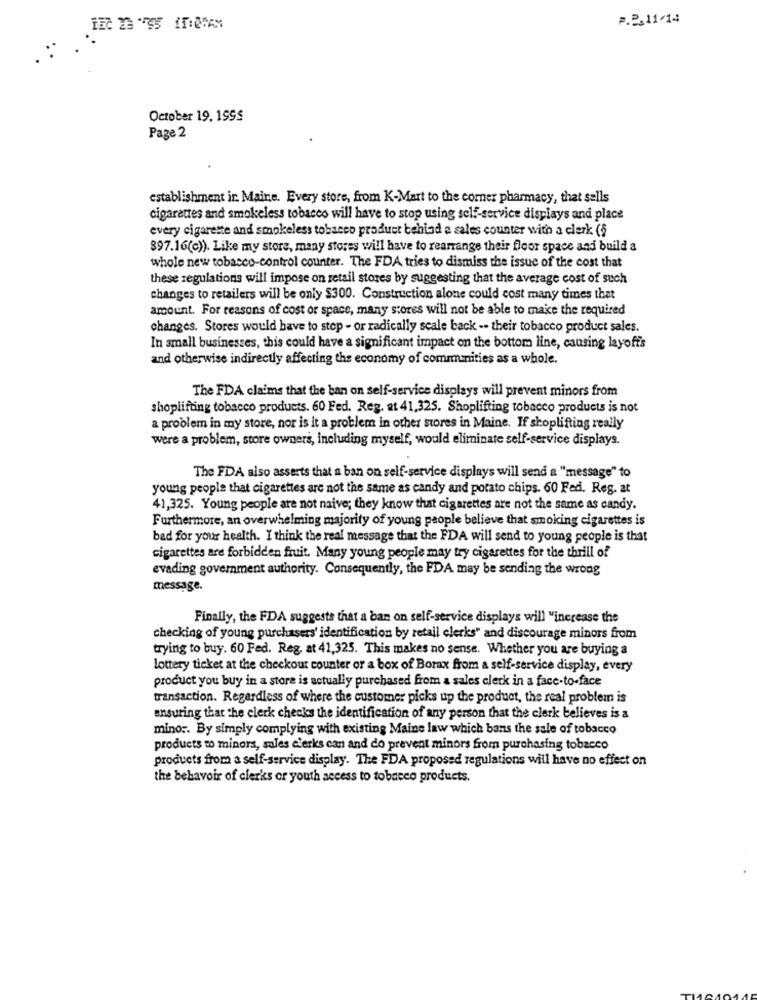
P.2.11/14
October 19, 1995
Page 2
establishment ir. Maine. Every store, from K-Mart to the corner pharmacy, that sells
cigarettes and smokeless tobacco will have to stop using self-service displays and place
every cigarette and smokeless tobacco product behind a sales counter with a clerk (5
897.16(c)). Like my store, many stores will have to rearrange their floor space and build a
whole new tobacco-control counter. The FDA tries to dismiss the issue of the cost that
these regulations will impose on retail stores by suggesting that the average cost of such
changes to retailers will be only $300. Construction alone could cost many times that
amount. For reasons of cost or space, many stores will not be able to make the required
changes. Stores would have to stop - or radically seale back -- their tobacco product sales.
In small businesses, this could have a significant impact on the bottom line, causing layoffs
and otherwise indirectly affecting the economy of communities as a whole.
The FDA claims that the ban on self-service displays will prevent minors from
shoplifting tobacco products. 60 Fed. Reg. at 41,325. Shoplifting tobacco products is not
a problem in my store, nor is it a problem in other stores in Maine. If shoplifting really
were a problem, store owners, including myself, would eliminate self-service displays.
The FDA also asserts that a ban on self-service displays will send a "message" to
young people that cigarettes are not the same as candy and potato chips. 60 Fed. Reg. at
41,325. Young people are not naive; they know that cigarettes are not the same as candy.
Furthermore, an overwhelming majority of young people believe that smoking cigarettes is
bad for your health. I think the real message that the FDA will send to young people is that
cigarettes are forbidden fruit. Many young people may try cigarettes for the thrill of
evading government authority. Consequently, the FDA may be sending the wrong
message.
Finally, the FDA suggests that a ban on self-service displays will "increase the
checking of young purchasers' identification by retail clerks" and discourage minors from
trying to buy. 60 Fed. Reg, at 41,325. This makes no sense. Whether you are buying a
lottery ticket at the checkout counter or a box of Borax from a self-service display, every
product you buy in a store is actually purchased from a sales clerk in a face-to-face
transaction. Regardless of where the customer picks up the product, the real problem is
ensuring that the clerk checks the identification of any person that the clerk believes is a
mino :. By simply complying with existing Maine law which bans the sale of tobacco
products wo minors, sules clerks can and do prevent minors from purchasing tobacco
products from a self-service display. The FDA proposed regulations will have no effect on
the behavoir of clerks or youth access to tobacco products.